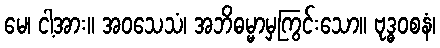
မေ၊ ငါ့အား။ အဝသေသံ၊ အဘိဓမ္မာမှကြွင်းသော။ ဗုဒ္ဓဝစနံ၊